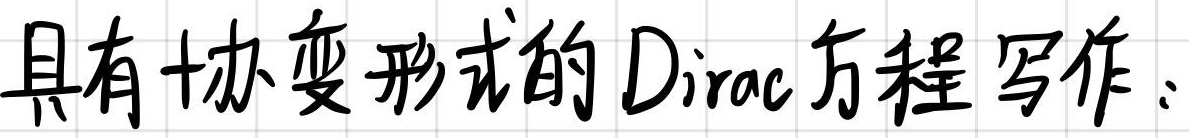
具有十协变形式的Dirac方程写作：